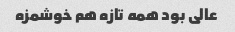
عالی بود همه تازه هم خوشمزه